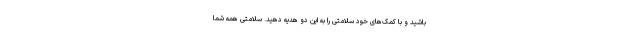
باشید و با کمک‌های خود سلامتی را به این دو هدیه دهید. سلامتی همه شما